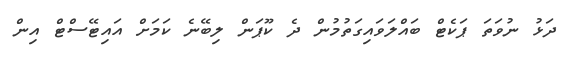
ދަޅު ނުވަތަ ޕަކެޓް ބައްލަވައިގަތުމުން ދެ ކޫޕަން ލިބޭނެ ކަމަށް އައިޓޭސްޓް އިން